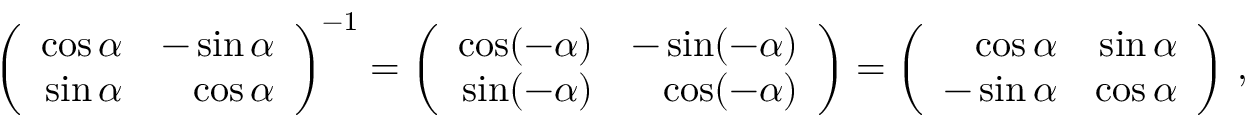
\left( { \begin{array} { r r } { \cos \alpha } & { - \sin \alpha } \\ { \sin \alpha } & { \cos \alpha } \end{array} } \right) ^ { - 1 } = \left( { \begin{array} { r r } { \cos ( - \alpha ) } & { - \sin ( - \alpha ) } \\ { \sin ( - \alpha ) } & { \cos ( - \alpha ) } \end{array} } \right) = \left( { \begin{array} { r r } { \cos \alpha } & { \sin \alpha } \\ { - \sin \alpha } & { \cos \alpha } \end{array} } \right) \, ,